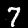
Label: 7